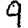
Digit: 9